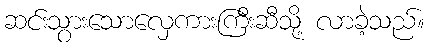
ဆင်းသွားသောလှေကားကြီးဆီသို့ လာခဲ့သည်။